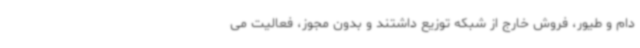
دام و طیور، فروش خارج از شبکه توزیع داشتند و بدون مجوز، فعالیت می